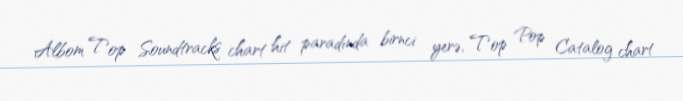
Albom Top Soundtracks chart hit paradında birnci yerə, Top Pop Catalog chart